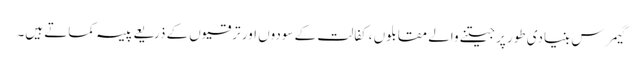
گیمرس بنیادی طور پر جیتنے والے مقابلوں ، کفالت کے سودوں اور ترقیوں کے ذریعے پیسہ کماتے ہیں۔